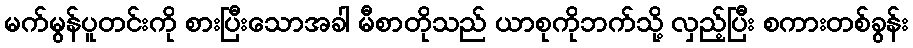
မက်မွန်ပူတင်းကို စားပြီးသောအခါ မီစာတိုသည် ယာစုကိုဘက်သို့ လှည့်ပြီး စကားတစ်ခွန်း